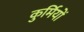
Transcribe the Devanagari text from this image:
कुर्मियों